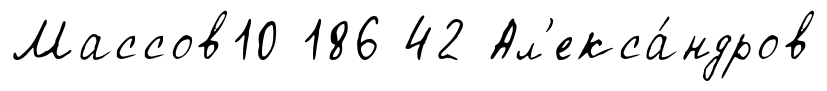
Массов10 186 42 Ал'екса́ндров